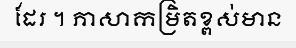
ដែរ ។ ភាសាកម្រិតខ្ពស់មាន